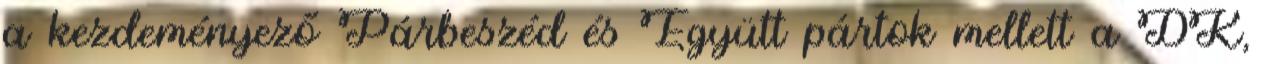
a kezdeményező Párbeszéd és Együtt pártok mellett a DK,